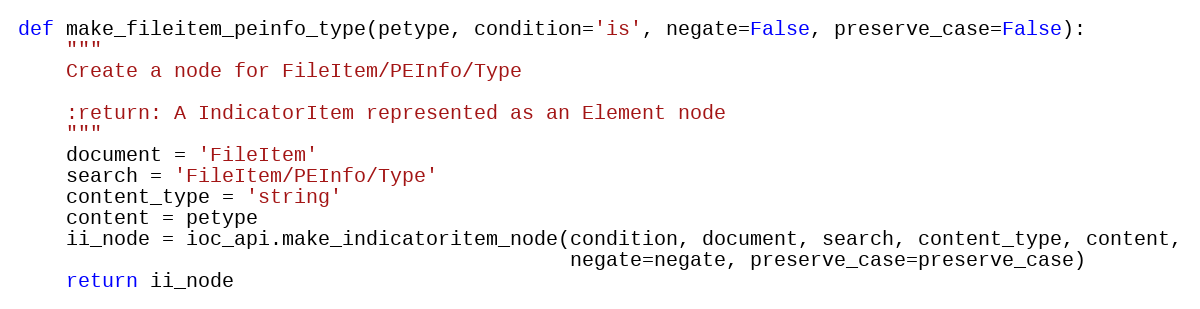
Language: Python
def make_fileitem_peinfo_type(petype, condition='is', negate=False, preserve_case=False):
    """
    Create a node for FileItem/PEInfo/Type

    :return: A IndicatorItem represented as an Element node
    """
    document = 'FileItem'
    search = 'FileItem/PEInfo/Type'
    content_type = 'string'
    content = petype
    ii_node = ioc_api.make_indicatoritem_node(condition, document, search, content_type, content,
                                              negate=negate, preserve_case=preserve_case)
    return ii_node